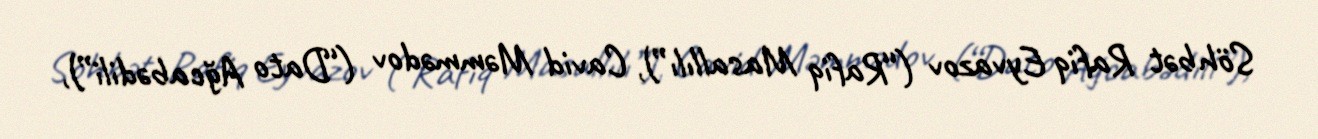
Söhbət Rafiq Eyvazov (“Rafiq Masallılı”), Cavid Məmmədov (“Dato Ağcabədili”),